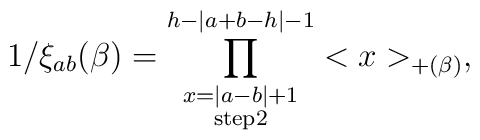
1/\xi_{ab}(\beta)=\prod_{\scriptstyle x=|a-b|+1 \atop\scriptstyle {\rm step}2}^{h-|a+b-h|-1}<x>_{+(\beta)},